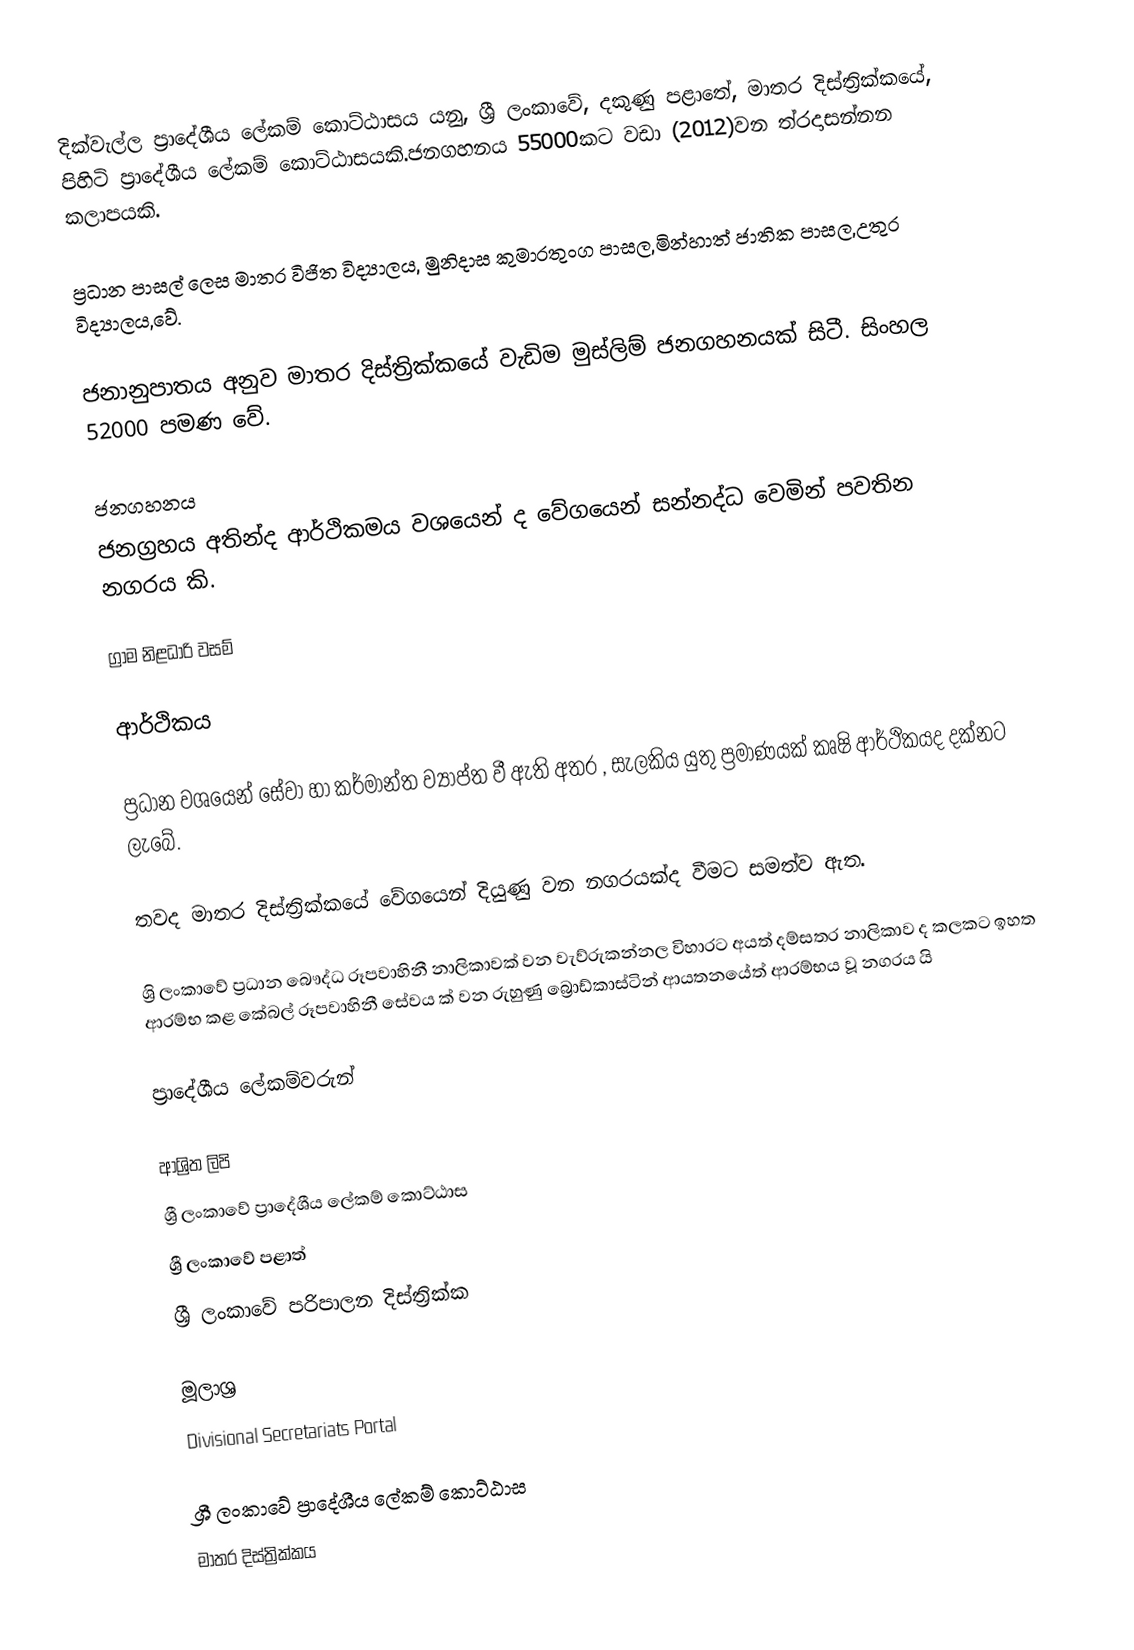
දික්වැල්ල ප්‍රාදේශීය ලේකම් කොට්ඨාසය යනු,  ශ්‍රී ලංකාවේ, දකුණු පළාතේ,   මාතර දිස්ත්‍රික්කයේ, පිහිටි ප්‍රාදේශීය ලේකම් කොට්ඨාසයකි.ජනගහනය 55000කට වඩා (2012)වන ත්රදාසන්නන කලාපයකි.

ප්‍රධාන පාසල් ලෙස මාතර විජිත විද්‍යාලය, මුනිදාස කුමාරතුංග පාසල,මින්හාත් ජාතික පාසල,උතුර විද්‍යාලය,වේ.

ජනානුපාතය අනුව මාතර දිස්ත්‍රික්කයේ වැඩිම මුස්ලිම් ජනගහනයක් සිටී. සිංහල 52000 පමණ වේ.

ජනගහනය
ජනග්‍රහය අතින්ද ආර්ථිකමය වශයෙන් ද වේගයෙන් සන්නද්ධ වෙමින් පවතින නගරය කි.

ග්‍රාම නිළධාරි වසම්

ආර්ථිකය

ප්‍රධාන වශයෙන් සේවා හා කර්මාන්ත ව්‍යාප්ත වී ඇති අතර , සැලකිය යුතු ප්‍රමාණයක් කෘෂි ආර්ථිකයද දක්නට ලැබේ.

තවද මාතර දිස්ත්‍රික්කයේ වේගයෙන් දියුණු වන නගරයක්ද වීමට සමත්ව ඇත.

ශ්‍රි ලංකාවේ ප්‍රධාන බෞද්ධ රූපවාහිනී නාලිකාවක් වන වැව්රුකන්නල විහාරට අයත් දම්සතර නාලිකාව ද කලකට ඉහත ආරම්භ කළ කේබල් රූපවාහිනී සේවය ක් වන රුහුණු බ්‍රොඩ්කාස්ටින් ආයතනයේත් ආරම්භය වූ නගරය යි

ප්‍රාදේශීය ලේකම්වරුන්

ආශ්‍රිත ලිපි
ශ්‍රී ලංකාවේ ප්‍රාදේශීය ලේකම් කොට්ඨාස
ශ්‍රී ලංකාවේ පළාත්
ශ්‍රී ලංකාවේ පරිපාලන දිස්ත්‍රික්ක

මූලාශ්‍ර
 Divisional Secretariats Portal

ශ්‍රී ලංකාවේ ප්‍රාදේශීය ලේකම් කොට්ඨාස
මාතර දිස්ත්‍රික්කය